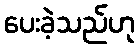
ပေးခဲ့သည်ဟု